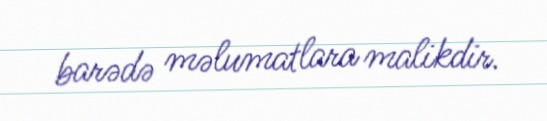
barədə məlumatlara malikdir.